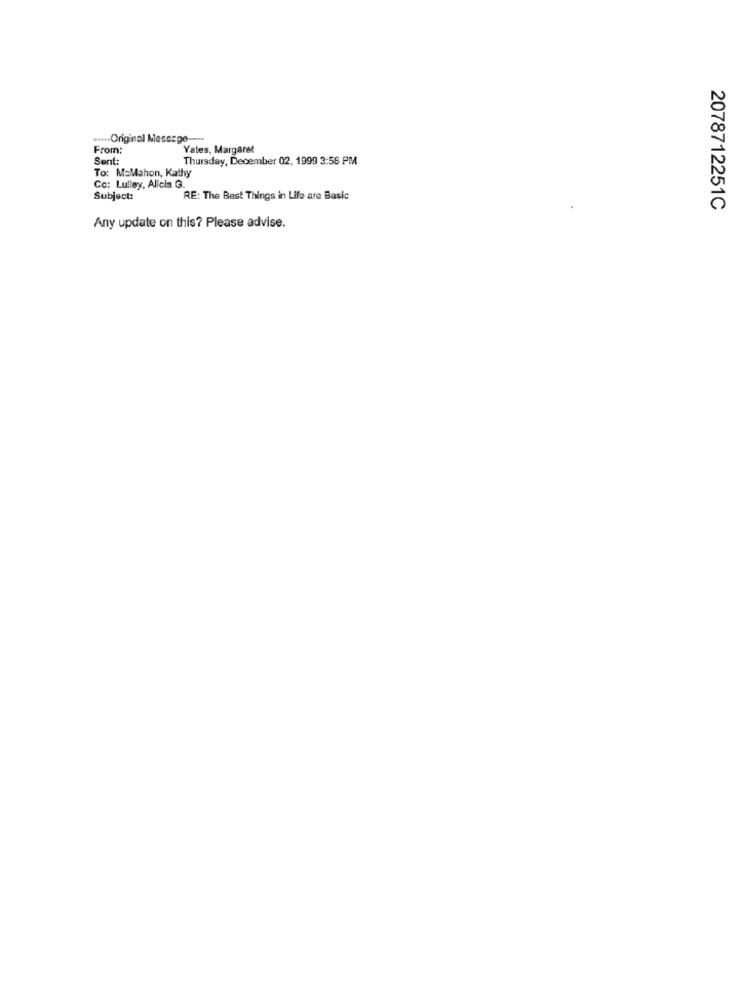
... Original Message ---
From:
Yates, Margaret
Sent:
Thursday, December 02, 1999 3:58 PM
To: M=Mahon, Kathy
Co: Lulley, Alicia G.
Subject:
RE: The Best Things in Life are Basic
2078712251C
Any update on this? Please advise.